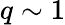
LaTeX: q\sim 1